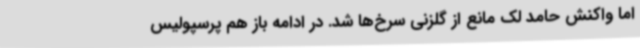
اما واکنش حامد لک مانع از گلزنی سرخ‌ها شد. در ادامه باز هم پرسپولیس